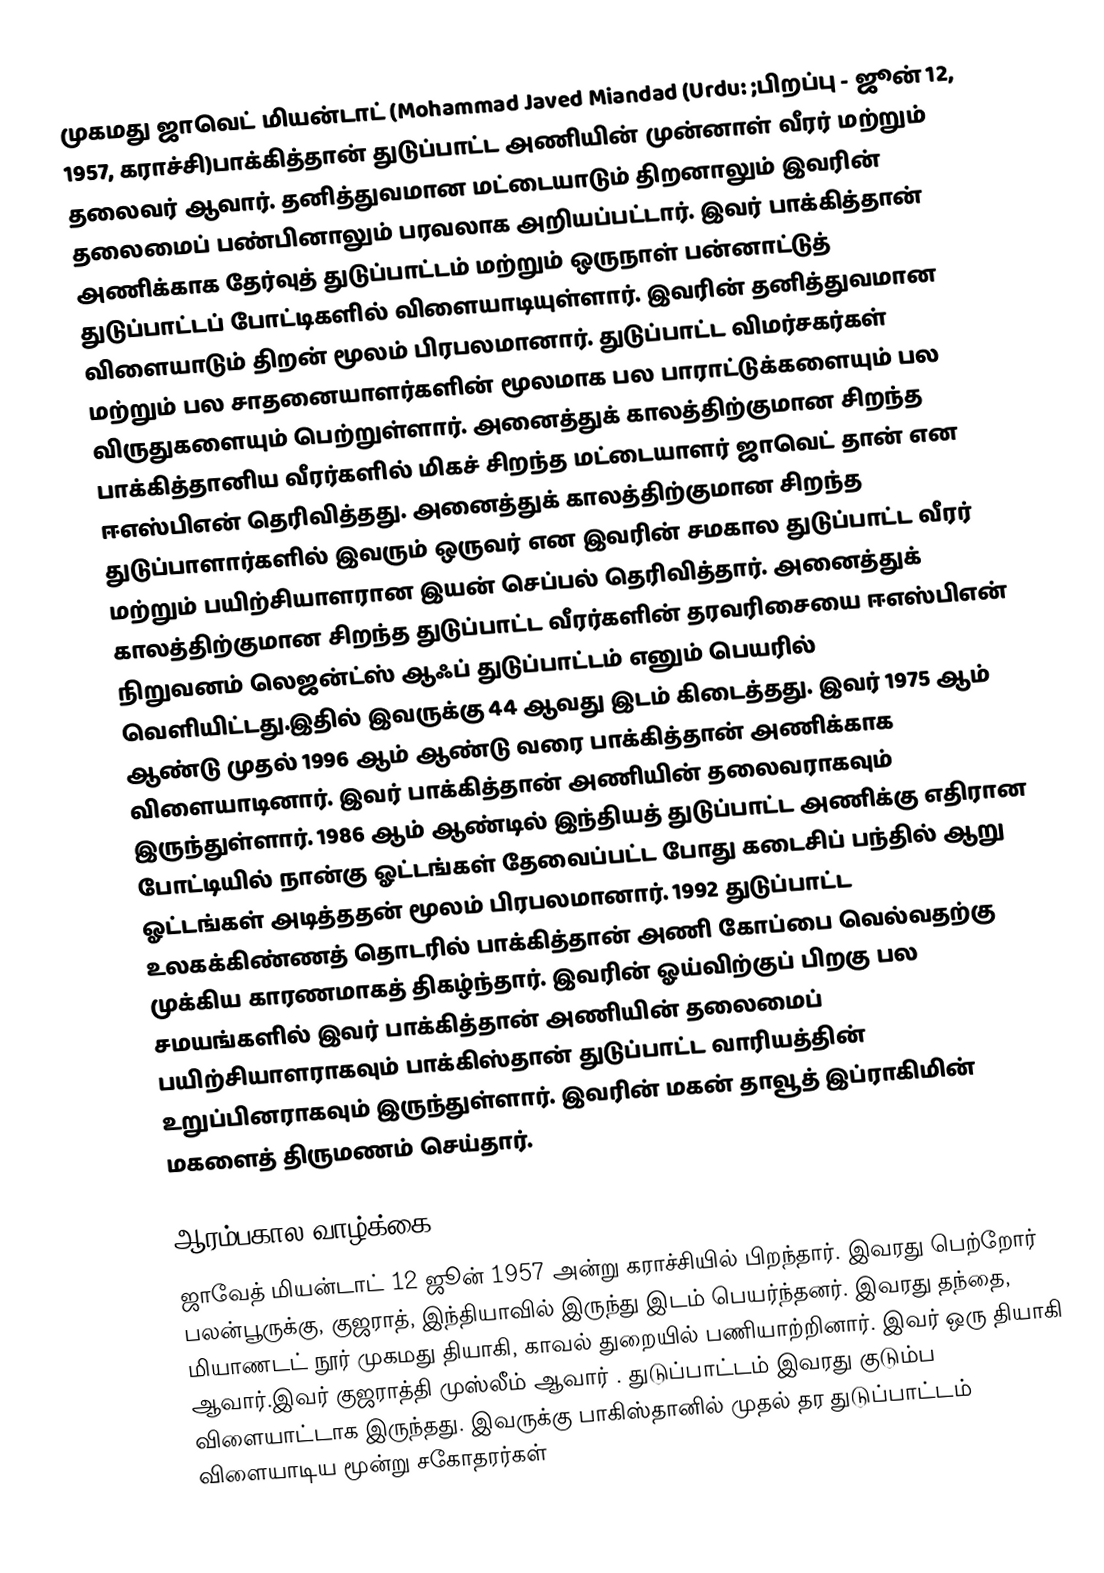
முகமது ஜாவெட் மியன்டாட் (Mohammad Javed Miandad (Urdu: ;பிறப்பு - ஜூன் 12, 1957, கராச்சி)பாக்கித்தான் துடுப்பாட்ட அணியின் முன்னாள் வீரர் மற்றும் தலைவர் ஆவார். தனித்துவமான மட்டையாடும் திறனாலும் இவரின் தலைமைப் பண்பினாலும் பரவலாக அறியப்பட்டார். இவர் பாக்கித்தான் அணிக்காக தேர்வுத் துடுப்பாட்டம் மற்றும் ஒருநாள் பன்னாட்டுத் துடுப்பாட்டப் போட்டிகளில் விளையாடியுள்ளார். இவரின் தனித்துவமான விளையாடும் திறன் மூலம் பிரபலமானார். துடுப்பாட்ட விமர்சகர்கள் மற்றும் பல சாதனையாளர்களின் மூலமாக பல பாராட்டுக்களையும் பல விருதுகளையும் பெற்றுள்ளார். அனைத்துக் காலத்திற்குமான சிறந்த பாக்கித்தானிய வீரர்களில் மிகச் சிறந்த மட்டையாளர் ஜாவெட் தான் என ஈஎஸ்பிஎன் தெரிவித்தது. அனைத்துக் காலத்திற்குமான  சிறந்த துடுப்பாளார்களில் இவரும் ஒருவர் என இவரின் சமகால துடுப்பாட்ட வீரர் மற்றும் பயிற்சியாளரான இயன் செப்பல் தெரிவித்தார். அனைத்துக் காலத்திற்குமான  சிறந்த துடுப்பாட்ட வீரர்களின் தரவரிசையை ஈஎஸ்பிஎன் நிறுவனம் லெஜன்ட்ஸ் ஆஃப்  துடுப்பாட்டம்   எனும் பெயரில் வெளியிட்டது.இதில் இவருக்கு 44 ஆவது இடம் கிடைத்தது. இவர் 1975 ஆம் ஆண்டு முதல் 1996 ஆம் ஆண்டு வரை பாக்கித்தான் அணிக்காக விளையாடினார். இவர் பாக்கித்தான் அணியின் தலைவராகவும் இருந்துள்ளார். 1986 ஆம் ஆண்டில் இந்தியத் துடுப்பாட்ட அணிக்கு எதிரான போட்டியில்  நான்கு ஓட்டங்கள் தேவைப்பட்ட போது கடைசிப் பந்தில் ஆறு ஓட்டங்கள் அடித்ததன் மூலம் பிரபலமானார். 1992 துடுப்பாட்ட உலகக்கிண்ணத்  தொடரில் பாக்கித்தான் அணி கோப்பை வெல்வதற்கு முக்கிய காரணமாகத் திகழ்ந்தார். இவரின் ஓய்விற்குப் பிறகு பல சமயங்களில் இவர் பாக்கித்தான் அணியின் தலைமைப் பயிற்சியாளராகவும் பாக்கிஸ்தான் துடுப்பாட்ட வாரியத்தின் உறுப்பினராகவும் இருந்துள்ளார். இவரின் மகன் தாவூத் இப்ராகிமின் மகளைத் திருமணம் செய்தார்.

ஆரம்பகால வாழ்க்கை
ஜாவேத் மியன்டாட் 12 ஜூன் 1957 அன்று கராச்சியில் பிறந்தார். இவரது பெற்றோர்  பலன்பூருக்கு, குஜராத், இந்தியாவில் இருந்து இடம் பெயர்ந்தனர். இவரது தந்தை, மியாணடட் நூர் முகமது தியாகி,  காவல் துறையில் பணியாற்றினார். இவர் ஒரு தியாகி ஆவார்.இவர்  குஜராத்தி முஸ்லீம் ஆவார் . துடுப்பாட்டம்  இவரது குடும்ப விளையாட்டாக இருந்தது. இவருக்கு பாகிஸ்தானில் முதல் தர துடுப்பாட்டம்  விளையாடிய மூன்று சகோதரர்கள்